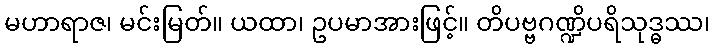
မဟာရာဇ၊ မင်းမြတ်။ ယထာ၊ ဥပမာအားဖြင့်။ တိပဗ္ဗဂဏ္ဍိပရိသုဒ္ဓဿ၊